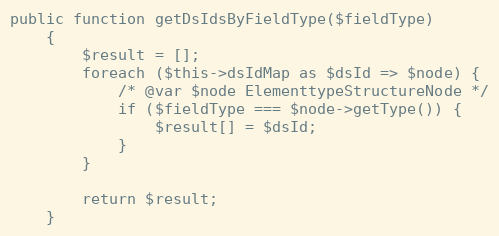
Language: PHP
public function getDsIdsByFieldType($fieldType)
    {
        $result = [];
        foreach ($this->dsIdMap as $dsId => $node) {
            /* @var $node ElementtypeStructureNode */
            if ($fieldType === $node->getType()) {
                $result[] = $dsId;
            }
        }

        return $result;
    }